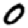
Digit: 0